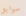
سوابق